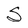
Character: S